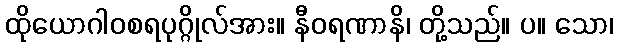
ထိုယောဂါဝစရပုဂ္ဂိုလ်အား။ နီဝရဏာနိ၊ တို့သည်။ ပ။ သော၊